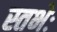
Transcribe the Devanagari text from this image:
स्तभेः